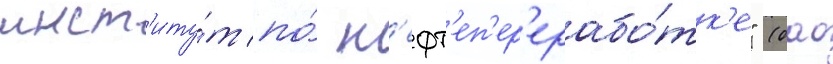
инст'иту́т по́ н'ефт'еп'ер'ерабо́тк'е" (оао